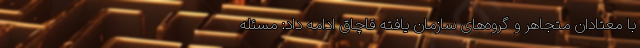
با معتادان متجاهر و گروه‌های سازمان یافته قاچاق ادامه داد: مسئله